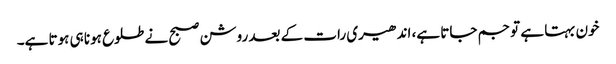
خون بہتا ہے تو جم جاتا ہے، اندھیری رات کے بعد روشن صبح نے طلوع ہونا ہی ہوتا ہے۔